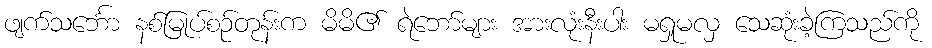
ဖျက်သင်္ဘော နစ်မြုပ်စဉ်တုန်းက မိမိ၏ ရဲဘော်များ အားလုံးနီးပါး မရှုမလှ သေဆုံးခဲ့ကြသည်ကို